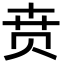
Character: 贲